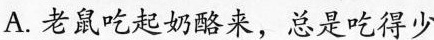
A.老鼠吃起奶酪来，总是吃得少